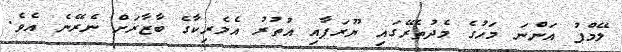
ލޭމްޕު އަންނަ މަހުގެ މެދުތެރޭގައި ޔޫރަޕާއި އުތުރު އެމެރިކާގެ ބާޒާރަށް ނެރޭނެ އެވެ.